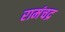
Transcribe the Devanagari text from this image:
रामंचद्र